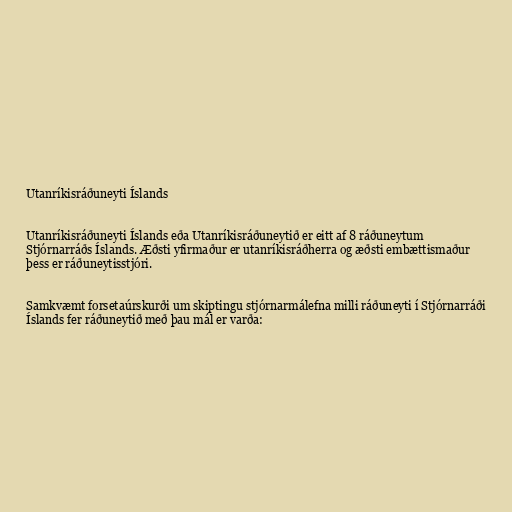
Utanríkisráðuneyti Íslands

Utanríkisráðuneyti Íslands eða Utanríkisráðuneytið er eitt af 8 ráðuneytum
Stjórnarráðs Íslands. Æðsti yfirmaður er utanríkisráðherra og æðsti embættismaður
þess er ráðuneytisstjóri.

Samkvæmt forsetaúrskurði um skiptingu stjórnarmálefna milli ráðuneyti í Stjórnarráði
Íslands fer ráðuneytið með þau mál er varða: